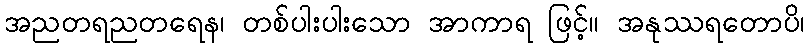
အညတရညတရေန၊ တစ်ပါးပါးသော အာကာရ ဖြင့်။ အနုဿရတောပိ၊